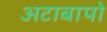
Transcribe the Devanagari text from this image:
अटाबापो